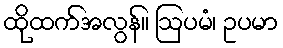
ထိုထက်အလွန်။ ဩပမံ၊ ဥပမာ